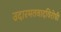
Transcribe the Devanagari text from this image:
उदारमतवादविरोधी